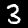
Digit: 3